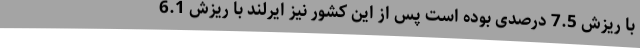
با ریزش 7.5 درصدی بوده است پس از این کشور نیز ایرلند با ریزش 6.1